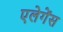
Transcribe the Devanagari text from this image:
एलेगेंस